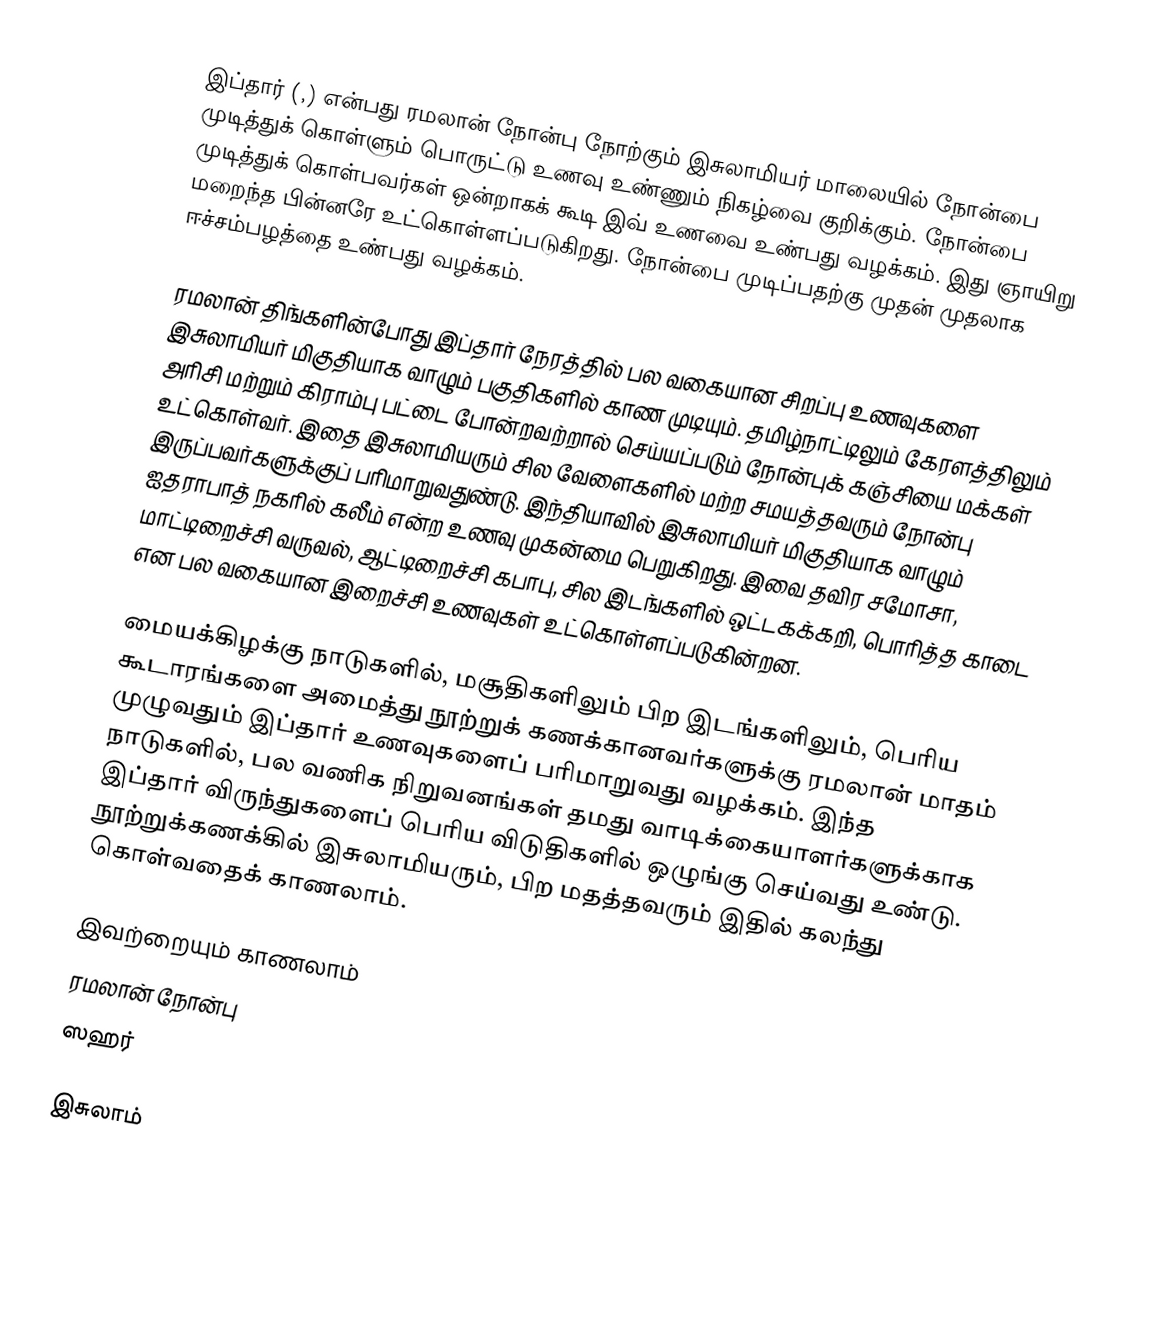
இப்தார் (,) என்பது ரமலான் நோன்பு நோற்கும் இசுலாமியர் மாலையில் நோன்பை முடித்துக் கொள்ளும் பொருட்டு உணவு உண்ணும் நிகழ்வை குறிக்கும். நோன்பை முடித்துக் கொள்பவர்கள் ஒன்றாகக் கூடி இவ் உணவை உண்பது வழக்கம். இது ஞாயிறு மறைந்த பின்னரே உட்கொள்ளப்படுகிறது. நோன்பை முடிப்பதற்கு முதன் முதலாக ஈச்சம்பழத்தை உண்பது வழக்கம்.

ரமலான் திங்களின்போது இப்தார் நேரத்தில் பல வகையான சிறப்பு உணவுகளை இசுலாமியர் மிகுதியாக வாழும் பகுதிகளில் காண முடியும். தமிழ்நாட்டிலும் கேரளத்திலும் அரிசி மற்றும் கிராம்பு பட்டை போன்றவற்றால் செய்யப்படும் நோன்புக் கஞ்சியை மக்கள் உட்கொள்வர். இதை இசுலாமியரும் சில வேளைகளில் மற்ற சமயத்தவரும் நோன்பு இருப்பவர்களுக்குப் பரிமாறுவதுண்டு. இந்தியாவில் இசுலாமியர் மிகுதியாக வாழும் ஐதராபாத் நகரில் கலீம் என்ற உணவு முகன்மை பெறுகிறது. இவை தவிர சமோசா, மாட்டிறைச்சி வருவல், ஆட்டிறைச்சி கபாபு, சில இடங்களில் ஒட்டகக்கறி, பொரித்த காடை என பல வகையான இறைச்சி உணவுகள் உட்கொள்ளப்படுகின்றன.

மையக்கிழக்கு நாடுகளில், மசூதிகளிலும் பிற இடங்களிலும், பெரிய கூடாரங்களை அமைத்து நூற்றுக் கணக்கானவர்களுக்கு ரமலான் மாதம் முழுவதும் இப்தார் உணவுகளைப் பரிமாறுவது வழக்கம். இந்த நாடுகளில், பல வணிக நிறுவனங்கள் தமது வாடிக்கையாளர்களுக்காக இப்தார் விருந்துகளைப் பெரிய விடுதிகளில் ஒழுங்கு செய்வது உண்டு. நூற்றுக்கணக்கில் இசுலாமியரும், பிற மதத்தவரும் இதில் கலந்து கொள்வதைக் காணலாம்.

இவற்றையும் காணலாம்
 ரமலான் நோன்பு
 ஸஹர்

இசுலாம்